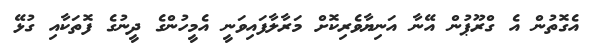
އެގޮތުން އެ ގްރޫޕުން އޭނާ އަނިޔާވެރިކޮށް މަރާލާފައިވަނީ އެމީހުންގެ ދީނުގެ ފޮތަކާއި ގުޅޭ